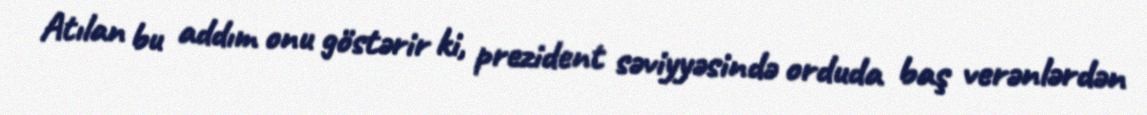
Atılan bu addım onu göstərir ki, prezident səviyyəsində orduda baş verənlərdən